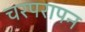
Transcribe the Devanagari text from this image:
चरपरापन